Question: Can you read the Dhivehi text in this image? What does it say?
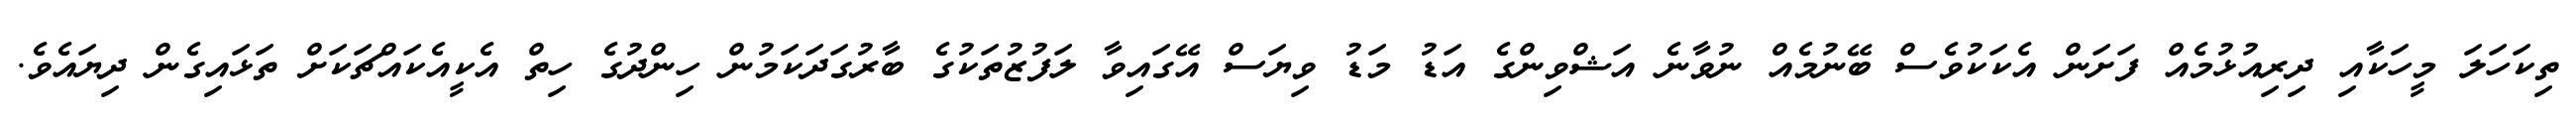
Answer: ތިކަހަލަ މީހަކާއި ދިރިއުޅުމެއް ފަށަން އެކަކުވެސް ބޭނުމެއް ނުވާނެ އަޝްވިންގެ އަޑު މަޑު ވިޔަސް އޭގައިވާ ލަފުޒުތަކުގެ ބާރުގަދަކަމުން ހިންދުގެ ހިތް އެކީއެކައްޗަކަށް ތަޅައިގެން ދިޔައެވެ.